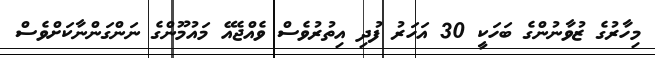
މިހާރުގެ ޒުވާނުންގެ ބަހަކީ 30 އަހަރު ފުދި އިތުރުވެސް ވެއްޖެއޭ މައުމޫންގެ ނަންގަންނާކަށްވެސް